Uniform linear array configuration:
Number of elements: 64
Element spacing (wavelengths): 0.5
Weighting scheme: cosine
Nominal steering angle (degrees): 0
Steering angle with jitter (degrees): -1.829
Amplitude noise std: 0.05
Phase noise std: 0.05

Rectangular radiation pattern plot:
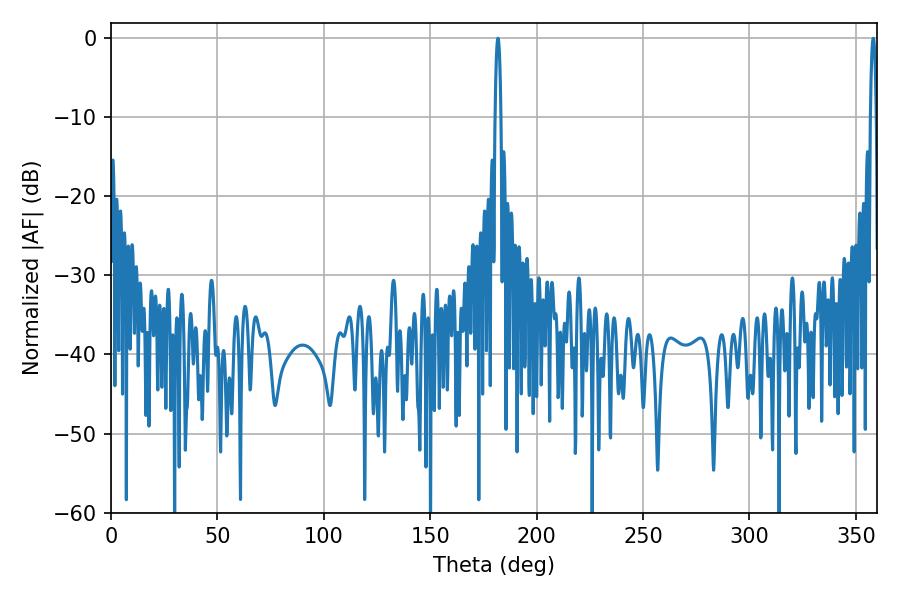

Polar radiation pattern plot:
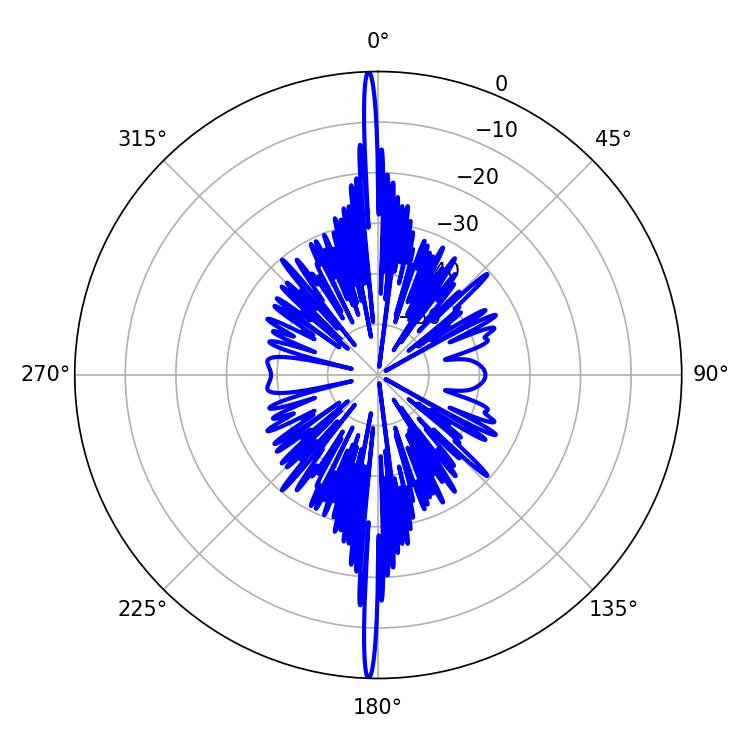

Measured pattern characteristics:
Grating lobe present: FALSE
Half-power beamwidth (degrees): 1.44
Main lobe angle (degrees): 181.8